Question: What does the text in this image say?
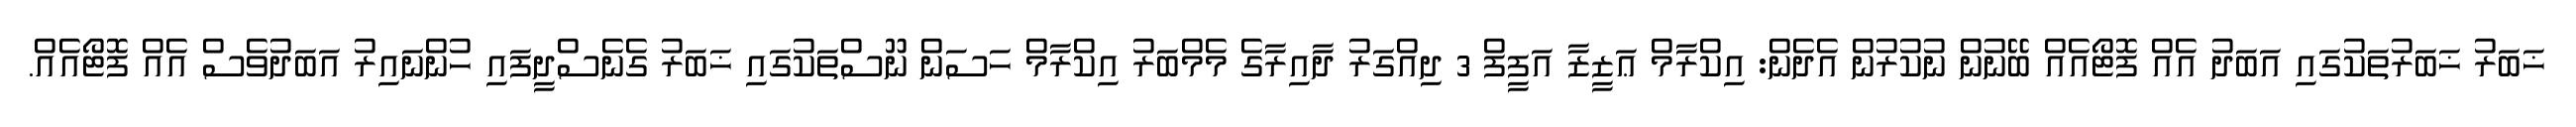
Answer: ޚަބަރު ޚަބަރުތަކުގައި އަބަދު އެއް ފޮޓޯއެއް ބޭނުން ނުކުރުން އެދެން: އިކްރާމް ޢަޒީޒާ އަފީފް 3 ދިއްގަރު ދާއިރާގެ މެމްބަރު އިކްރާމް ހަސަން ނޫސްތަކުގައި ޚަބަރު ގެނެސްދީފައި ހުންނައިރު އަބަދުވެސް އެއް ފޮޓޯއެއް.